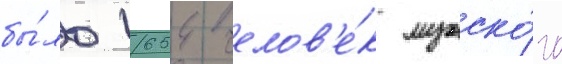
бы́ло 1654 челов'е́к мужско́го